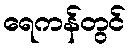
ရေကန်တွင်